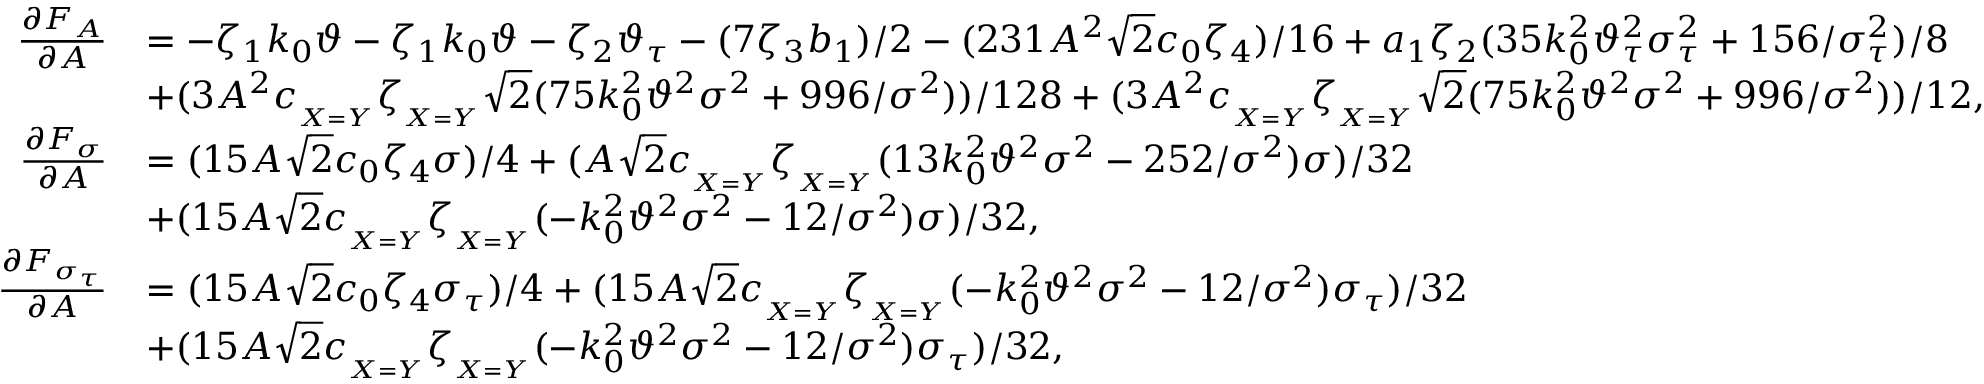
\begin{array} { r l } { \frac { \partial F _ { A } } { \partial A } } & { = - \zeta _ { 1 } k _ { 0 } \vartheta - \zeta _ { 1 } k _ { 0 } \vartheta - \zeta _ { 2 } \vartheta _ { \tau } - ( 7 \zeta _ { 3 } b _ { 1 } ) / 2 - ( 2 3 1 A ^ { 2 } \sqrt { 2 } c _ { 0 } \zeta _ { 4 } ) / 1 6 + a _ { 1 } \zeta _ { 2 } ( 3 5 k _ { 0 } ^ { 2 } \vartheta _ { \tau } ^ { 2 } \sigma _ { \tau } ^ { 2 } + 1 5 6 / \sigma _ { \tau } ^ { 2 } ) / 8 } \\ & { + ( 3 A ^ { 2 } c _ { _ { X = Y } } \zeta _ { _ { X = Y } } \sqrt { 2 } ( 7 5 k _ { 0 } ^ { 2 } \vartheta ^ { 2 } \sigma ^ { 2 } + 9 9 6 / \sigma ^ { 2 } ) ) / 1 2 8 + ( 3 A ^ { 2 } c _ { _ { X = Y } } \zeta _ { _ { X = Y } } \sqrt { 2 } ( 7 5 k _ { 0 } ^ { 2 } \vartheta ^ { 2 } \sigma ^ { 2 } + 9 9 6 / \sigma ^ { 2 } ) ) / 1 2 , } \\ { \frac { \partial F _ { \sigma } } { \partial A } } & { = ( 1 5 A \sqrt { 2 } c _ { 0 } \zeta _ { 4 } \sigma ) / 4 + ( A \sqrt { 2 } c _ { _ { X = Y } } \zeta _ { _ { X = Y } } ( 1 3 k _ { 0 } ^ { 2 } \vartheta ^ { 2 } \sigma ^ { 2 } - 2 5 2 / \sigma ^ { 2 } ) \sigma ) / 3 2 } \\ & { + ( 1 5 A \sqrt { 2 } c _ { _ { X = Y } } \zeta _ { _ { X = Y } } ( - k _ { 0 } ^ { 2 } \vartheta ^ { 2 } \sigma ^ { 2 } - 1 2 / \sigma ^ { 2 } ) \sigma ) / 3 2 , } \\ { \frac { \partial F _ { \sigma _ { \tau } } } { \partial A } } & { = ( 1 5 A \sqrt { 2 } c _ { 0 } \zeta _ { 4 } \sigma _ { \tau } ) / 4 + ( 1 5 A \sqrt { 2 } c _ { _ { X = Y } } \zeta _ { _ { X = Y } } ( - k _ { 0 } ^ { 2 } \vartheta ^ { 2 } \sigma ^ { 2 } - 1 2 / \sigma ^ { 2 } ) \sigma _ { \tau } ) / 3 2 } \\ & { + ( 1 5 A \sqrt { 2 } c _ { _ { X = Y } } \zeta _ { _ { X = Y } } ( - k _ { 0 } ^ { 2 } \vartheta ^ { 2 } \sigma ^ { 2 } - 1 2 / \sigma ^ { 2 } ) \sigma _ { \tau } ) / 3 2 , } \end{array}